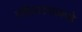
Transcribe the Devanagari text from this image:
रहिवास्यांकडे